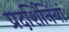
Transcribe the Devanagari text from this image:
प्रदर्शिनियां